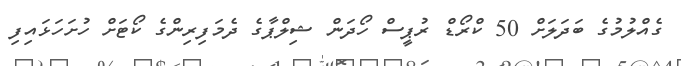
ގެއްލުމުގެ ބަދަލަށް 50 ކްރޯޑް ރުޕީސް ހޯދަން ޝިލްޕާގެ ދެމަފިރިންގެ ކޯޓަށް ހުށަހަޅައިފި